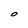
Character: O